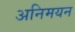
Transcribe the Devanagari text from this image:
अनिमयन